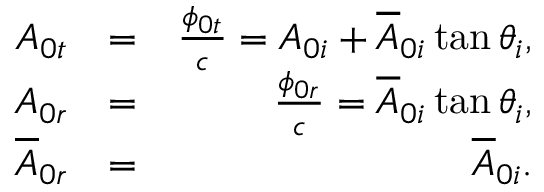
\begin{array} { r l r } { A _ { 0 t } } & { = } & { \frac { \phi _ { 0 t } } { c } = A _ { 0 i } + \overline { { A } } _ { 0 i } \tan \theta _ { i } , } \\ { A _ { 0 r } } & { = } & { \frac { \phi _ { 0 r } } { c } = \overline { { A } } _ { 0 i } \tan \theta _ { i } , } \\ { \overline { { A } } _ { 0 r } } & { = } & { \overline { { A } } _ { 0 i } . } \end{array}